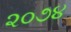
૨૦૭૪